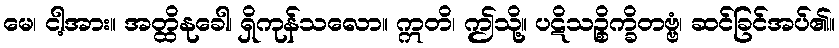
မေ၊ ငါ့အား။ အတ္ထိနုခေါ၊ ရှိကုန်သလော။ ဣတိ၊ ဤသို့။ ပဋိသဉ္စိက္ခိတဗ္ဗံ၊ ဆင်ခြင်အပ်၏။